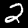
Digit: 2